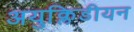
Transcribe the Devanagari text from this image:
अयुक्लिडीयन